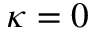
\kappa = 0